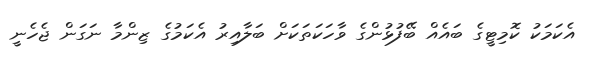
އެކަމަކު ކޮމިޓީގެ ބައެއް ބޭފުޅުންގެ ވާހަކަތަކަށް ބަލާއިރު އެކަމުގެ ޒިންމާ ނަގަން ޖެހެނީ